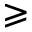
\geqslant